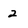
Character: 2